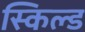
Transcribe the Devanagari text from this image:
स्किल्ड